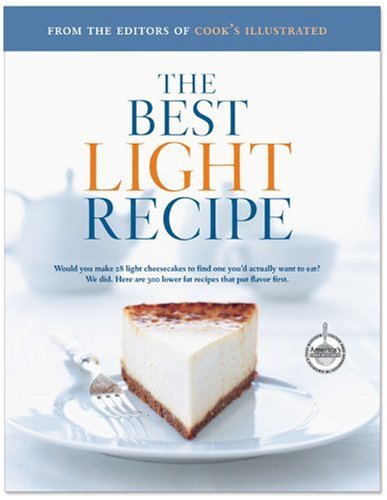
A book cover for The Best Light Recipe; Cookbooks, Food & Wine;